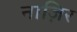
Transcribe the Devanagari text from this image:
नाज़िर